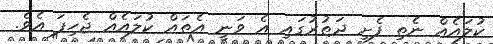
ކުލައެއް ނެތި ފެށި ދަތުރުގައި އެ ވަނީ އެތައް ކުލައެއް ޖެހިފަ އެވެ.